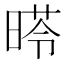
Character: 𣉏